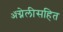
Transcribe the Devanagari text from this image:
ॲग्नेलीसहित